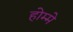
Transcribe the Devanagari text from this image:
होम्मे